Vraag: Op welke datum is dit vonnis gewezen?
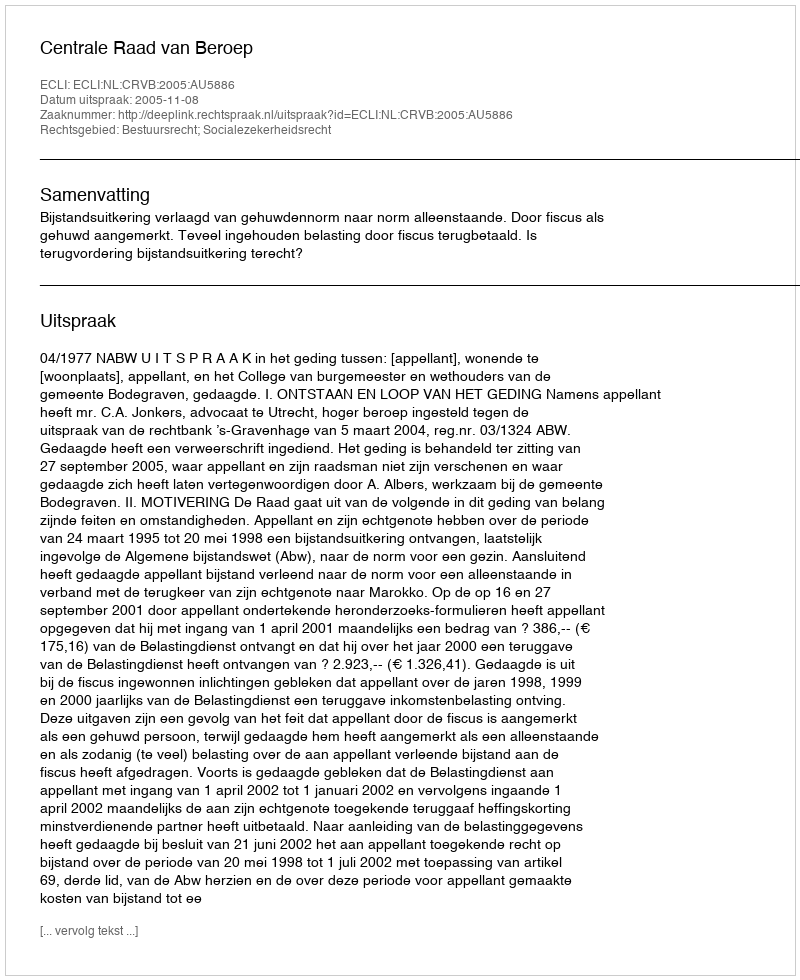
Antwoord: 2005-11-08